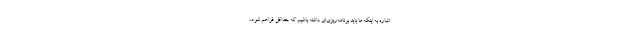
اشاره به اینکه ما باید برنامه‌ریزی‌ای داشته باشیم که حداقل فراهم شود،